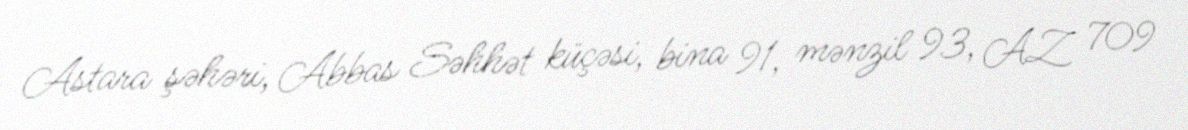
Astara şəhəri, Abbas Səhhət küçəsi, bina 91, mənzil 93, AZ 709